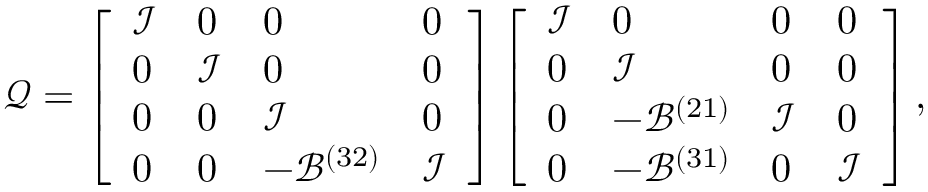
\boldsymbol { \mathcal { Q } } = \left[ \begin{array} { l l l l } { \mathcal { I } } & { 0 } & { 0 } & { 0 } \\ { 0 } & { \mathcal { I } } & { 0 } & { 0 } \\ { 0 } & { 0 } & { \mathcal { I } } & { 0 } \\ { 0 } & { 0 } & { - \mathcal { B } ^ { ( 3 2 ) } } & { \mathcal { I } } \end{array} \right] \left[ \begin{array} { l l l l } { \mathcal { I } } & { 0 } & { 0 } & { 0 } \\ { 0 } & { \mathcal { I } } & { 0 } & { 0 } \\ { 0 } & { - \mathcal { B } ^ { ( 2 1 ) } } & { \mathcal { I } } & { 0 } \\ { 0 } & { - \mathcal { B } ^ { ( 3 1 ) } } & { 0 } & { \mathcal { I } } \end{array} \right] ,